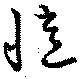
憶